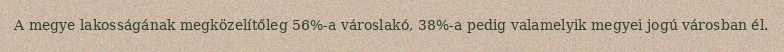
A megye lakosságának megközelítőleg 56%-a városlakó, 38%-a pedig valamelyik megyei jogú városban él.